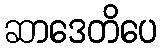
ဆာဒေတိပေ